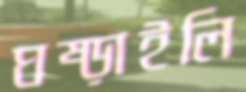
ঘষ্‌ড়াইলি